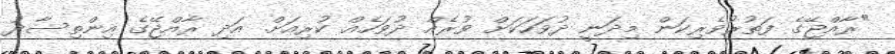
"ރާއްޖޭގެ ފަތުރުވެރިކަން މިދަނީ ދުވަހަކަށް ވުރެއް ދުވަހެއް ކުރިއަށް. އަދި ރާއްޖޭގެ އިންތިސާދު